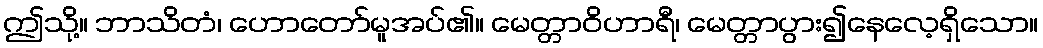
ဤသို့။ ဘာသိတံ၊ ဟောတော်မူအပ်၏။ မေတ္တာဝိဟာရီ၊ မေတ္တာပွား၍နေလေ့ရှိသော။